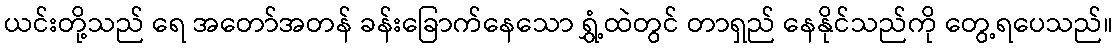
ယင်းတို့သည် ရေ အတော်အတန် ခန်းခြောက်နေသော ရွှံ့ထဲတွင် တာရှည် နေနိုင်သည်ကို တွေ့ရပေသည်။